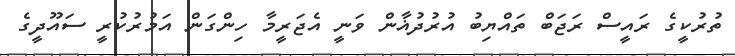
ތުރުކީގެ ރައީސް ރަޖަބް ތައްޔިބު އުރުދުޣާން ވަނީ އެޖަރީމާ ހިންގަން އަމުރުކުރީ ސައޫދީގެ